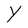
Character: Y